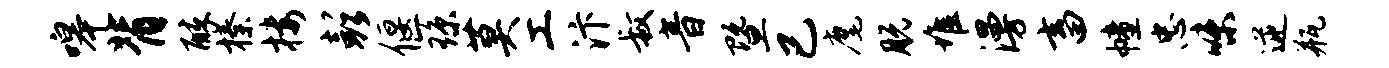
嗥背醉榛楼彭偃琼莫工汴叔音暨已麾脱堆漫畜幢忠味逆瓶